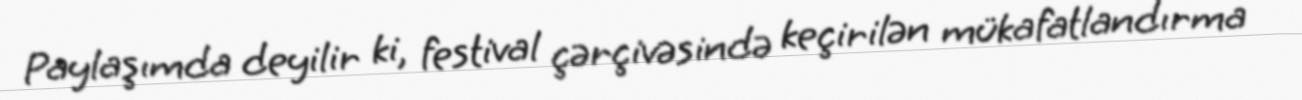
Paylaşımda deyilir ki, festival çərçivəsində keçirilən mükafatlandırma